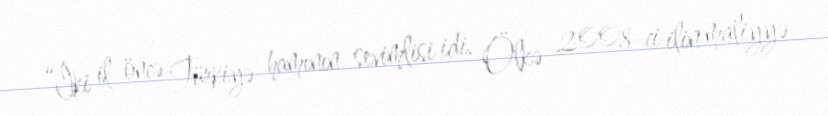
“İki il öncə Türkiyə hamının sevimlisi idi. Ölkə 2008-ci ilin maliyyə